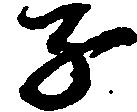
子